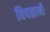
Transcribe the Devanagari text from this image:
विपळानी